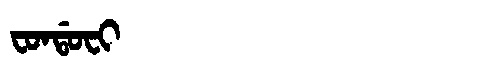
Manchu: ᠸᠣᠨᡩᠣᠸᡳ
Romanization: FONDOFI